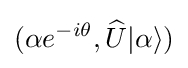
(\alpha e^{-i\theta },{\widehat {U}}|\alpha \rangle )